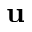
\textbf { u }